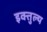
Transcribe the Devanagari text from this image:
इक्तुल्य